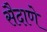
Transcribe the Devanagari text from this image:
सैदाणे